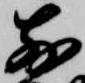
前